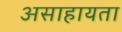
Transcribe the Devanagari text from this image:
असाहायता